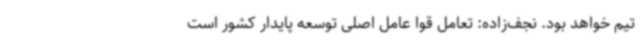
تیم خواهد بود. نجف‌زاده: تعامل قوا عامل اصلی توسعه پایدار کشور است